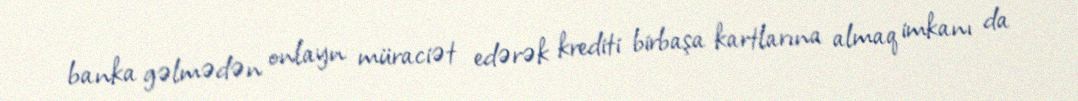
banka gəlmədən onlayn müraciət edərək krediti birbaşa kartlarına almaq imkanı da